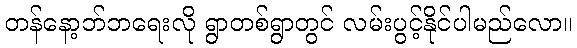
တန်နော့ဘ်ဘရေးလို ရွာတစ်ရွာတွင် လမ်းပွင့်နိုင်ပါမည်လော။